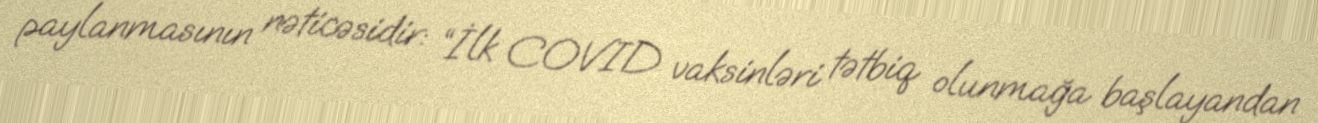
paylanmasının nəticəsidir: “İlk COVID vaksinləri tətbiq olunmağa başlayandan